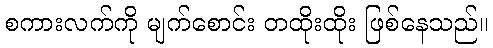
စကားလက်ကို မျက်စောင်း တထိုးထိုး ဖြစ်နေသည်။